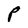
Character: P